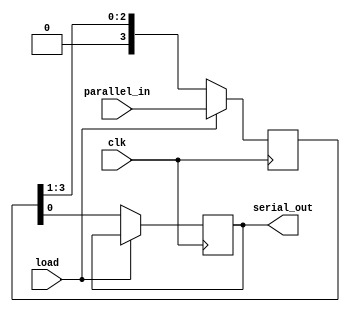
`timescale 1ns / 1ps
//////////////////////////////////////////////////////////////////////////////////
// Company: 
// Engineer: 
// 
// Design Name: 
// Module Name: PAINP_SEROUP
// Project Name: 
// Target Devices: 
// Tool Versions: 
// Description: 
// 
// Dependencies: 
// 
// Revision:
// Revision 0.01 - File Created
// Additional Comments:
// 
//////////////////////////////////////////////////////////////////////////////////


module PAINP_SEROUP(input clk,load, input [3:0]parallel_in,output reg serial_out);


reg[3:0]shift_register;


always@(posedge clk)begin
if(load)begin
  shift_register<=parallel_in;
  end else begin
  serial_out<=shift_register[0];
  shift_register<=shift_register>>1;
  end
end
endmodule